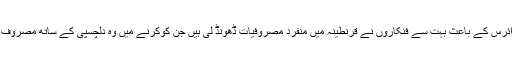
کورونا وائرس کے باعث بہت سے فنکاروں نے قرنطینہ میں منفرد مصروفیات ڈھونڈ لی ہیں جن کوکرنے میں وہ دلچسپی کے ساتھ مصروف عمل ہیں۔